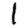
Digit: 1